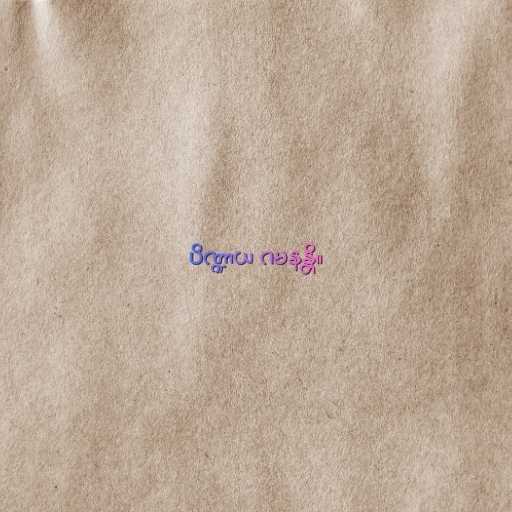
ပိဏ္ဍာယ ဂမနန္တိ။